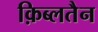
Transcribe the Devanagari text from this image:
क़िब्लतैन